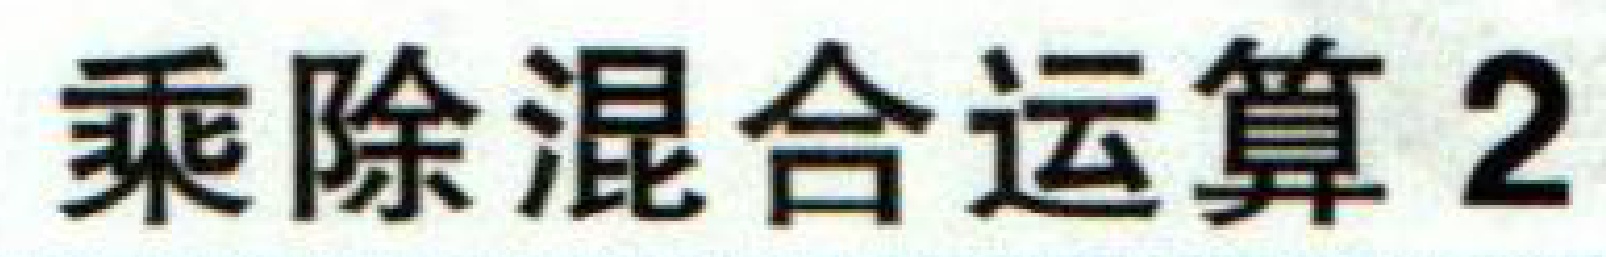
乘除混合运算 2